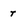
Character: r